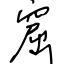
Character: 窟